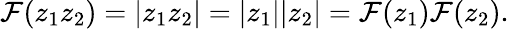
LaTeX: \mathcal{F}(z_{1}z_{2})=|z_{1}z_{2}|=|z_{1}||z_{2}|=\mathcal{F}(z_{1})\mathcal{F}(z_{2}).